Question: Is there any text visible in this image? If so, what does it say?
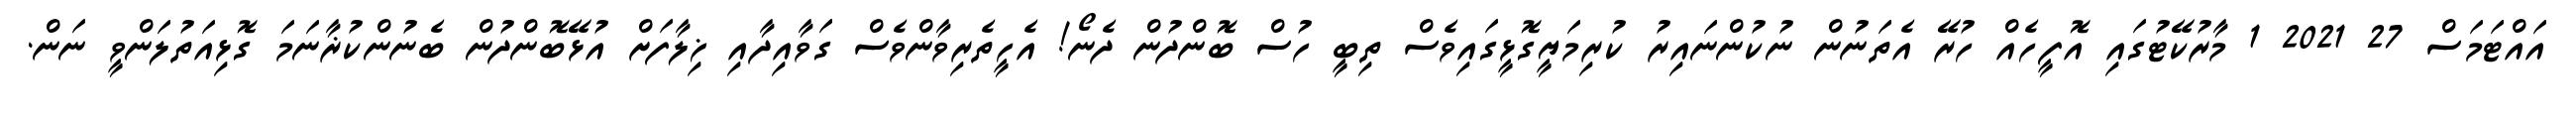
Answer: އައްޓަމަސް 27 2021 1 މާރުކޭޓުގައި އޮފީހެއް ހުރޭ އެތަނުން ނުކުންނައިރު ކުރިމަޔީގޮޅީގައިވެސް ތިބީ ހުސް ބޮންދުން ދެނޯ! އެހީތެރިވާންވެސް ގަވާއިދާއި ޚިލާފަށް އުޅޭބޮންދުން ބެނުންކުޜާނަމަ ގޮޅިއަތުލަންވީ ނަން.